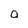
Character: a